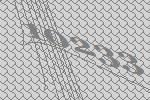
10233